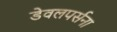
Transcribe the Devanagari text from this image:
डेवलपर्सना